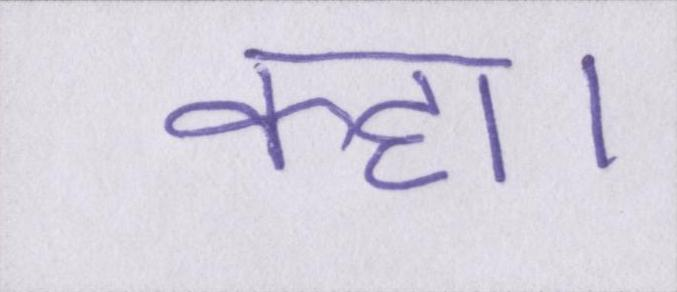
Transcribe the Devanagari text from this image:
कहा।